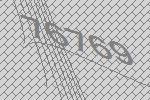
76769